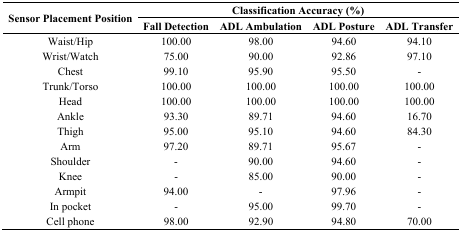
| <ROWSPAN=3> Sensor Placement Position | <COLSPAN=4> Classification Accuracy (%) |
 | Fall Detection | ADL Ambulation | ADL Posture | ADL Transfer |
 | --- | --- | --- | --- | --- |
 | Waist/Hip | 100.00 | 98.00 | 94.60 | 94.10 |
 | Wrist/Watch | 75.00 | 90.00 | 92.86 | 97.10 |
 | Chest | 99.10 | 95.90 | 95.50 | - |
 | Trunk/Torso | 100.00 | 100.00 | 100.00 | 100.00 |
 | Head | 100.00 | 100.00 | 100.00 | 100.00 |
 | Ankle | 93.30 | 89.71 | 94.60 | 16.70 |
 | Thigh | 95.00 | 95.10 | 94.60 | 84.30 |
 | Arm | 97.20 | 89.71 | 95.67 | - |
 | Shoulder | - | 90.00 | 94.60 | - |
 | Knee | - | 85.00 | 90.00 | - |
 | Armpit | 94.00 | - | 97.96 | - |
 | In pocket | - | 95.00 | 99.70 | - |
 | Cell phone | 98.00 | 92.90 | 94.80 | 70.00 |